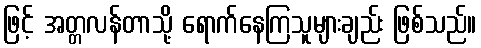
ဖြင့် အတ္တလန်တာသို့ ရောက်နေကြသူများချည်း ဖြစ်သည်။